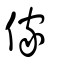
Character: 傢